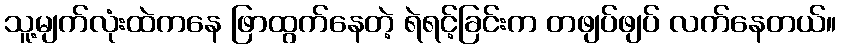
သူ့မျက်လုံးထဲကနေ ဖြာထွက်နေတဲ့ ရဲရင့်ခြင်းက တဖျပ်ဖျပ် လက်နေတယ်။